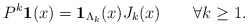
\begin{align*}P^k{\bf 1}(x)={\bf 1}_{\Lambda_k}(x)J_k(x) \qquad\forall k\geq 1.\end{align*}